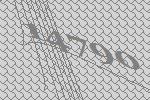
14790